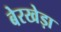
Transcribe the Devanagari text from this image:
बेरखेड़ा